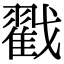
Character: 戳